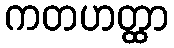
ကတဟတ္ထာ